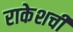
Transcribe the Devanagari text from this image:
राकेशची